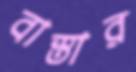
বাস্তার